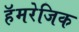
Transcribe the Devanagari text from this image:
हॅमरेजिक